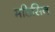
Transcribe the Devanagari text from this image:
मडिसिन